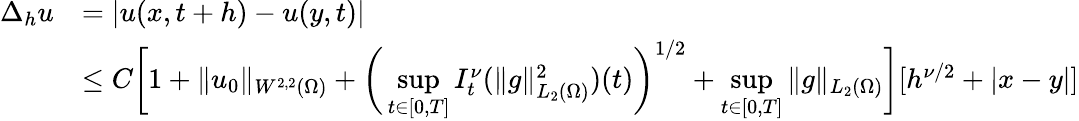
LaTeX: \begin{array}{rl}{\Delta_{h}u}&{=|u(x,t+h)-u(y,t)|}\\ &{\leq C\bigg[1+\| u_{0}\| _{W^{2,2}(\Omega)}+\bigg(\underset{t\in[0,T]}{\operatorname*{sup}}I_{t}^{\nu}(\| g\| _{L_{2}(\Omega)}^{2})(t)\bigg)^{1/2}+\underset{t\in[0,T]}{\operatorname*{sup}}\| g\| _{L_{2}(\Omega)}\bigg][h^{\nu/2}+|x-y|]}\end{array}